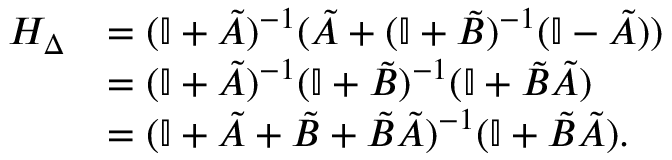
\begin{array} { r l } { H _ { \Delta } } & { = ( \mathbb I + \tilde { A } ) ^ { - 1 } ( \tilde { A } + ( \mathbb I + \tilde { B } ) ^ { - 1 } ( \mathbb I - \tilde { A } ) ) } \\ & { = ( \mathbb I + \tilde { A } ) ^ { - 1 } ( \mathbb I + \tilde { B } ) ^ { - 1 } ( \mathbb I + \tilde { B } \tilde { A } ) } \\ & { = ( \mathbb I + \tilde { A } + \tilde { B } + \tilde { B } \tilde { A } ) ^ { - 1 } ( \mathbb I + \tilde { B } \tilde { A } ) . } \end{array}